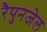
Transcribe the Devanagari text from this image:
रैपुनजेल